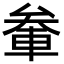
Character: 軬